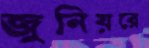
জুনিয়রে